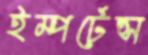
ইম্পর্টেন্স